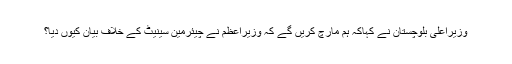
وزیراعلیٰ بلوچستان نے کہاکہ ہم مارچ کریں گے کہ وزیراعظم نے چیئرمین سینیٹ کے خلاف بیان کیوں دیا؟